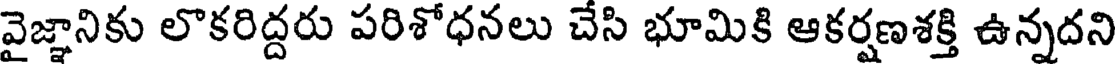
వైజ్ఞానికు లొకరిద్దరు పరిశోధనలు చేసి భూమికి ఆకర్షణశక్తి ఉన్నదని